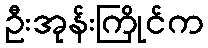
ဦးအုန်းကြိုင်က